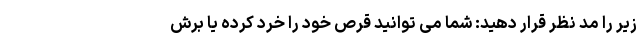
زیر را مد نظر قرار دهید: شما می توانید قرص خود را خرد کرده یا برش